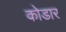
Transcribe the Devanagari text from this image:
कोडार